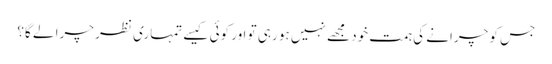
جس کو چرانے کی ہمت خود مجھے نہیں ہو رہی تو اور کوئی کیسے تمہاری نظر چرا لے گا؟